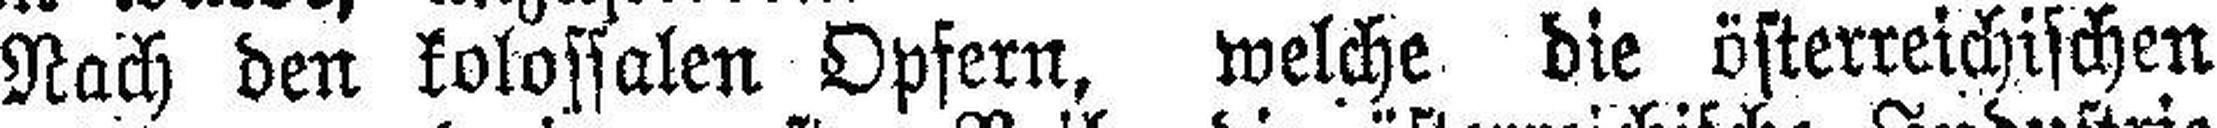
Nach den kolossalen Opfern, welche die österreichischen